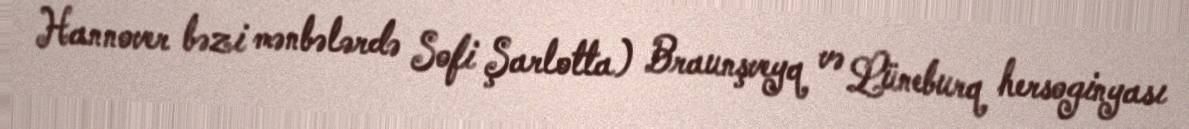
Hannover bəzi mənbələrdə Sofi Şarlotta) Braunşveyq və Lüneburq hersoginyası